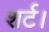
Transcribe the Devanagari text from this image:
शर्ट।